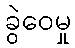
ခွဲဝေမှု